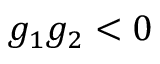
g _ { 1 } g _ { 2 } < 0